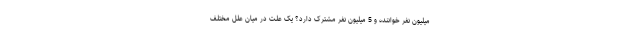
میلیون نفر خواننده و 5 میلیون نفر مشترک دارد؟ یک علت در میان علل مختلف